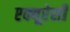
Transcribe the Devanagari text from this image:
एक्यूरेसी